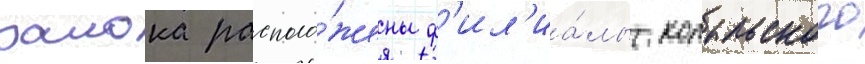
раиона располо́жены ф'ил'иа́лы копыльского